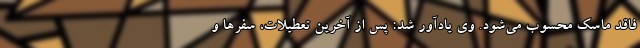
فاقد ماسک محسوب می‌شود. وی یادآور شد: پس از آخرین تعطیلات، سفرها و